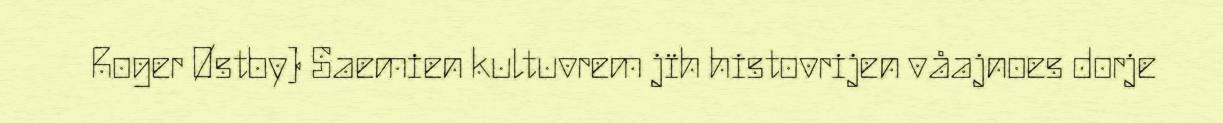
Roger Østby) Saemien kultuvrem jïh histovrijen våajnoes dorje